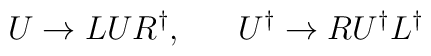
U\rightarrow LUR^\dag,~~~~~U^\dag \rightarrow RU^\dag L^\dag